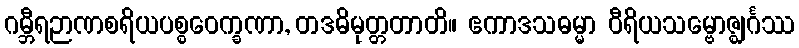
ဂမ္ဘီရဉာဏစရိယပစ္စဝေက္ခဏာ, တဒဓိမုတ္တတာတိ။ ဧကာဒသဓမ္မာ ဝီရိယသမ္ဗောဇ္ဈင်္ဂဿ